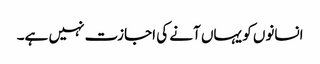
انسانوں کو یہاں آنے کی اجازت نہیں ہے۔